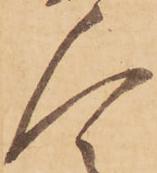
人